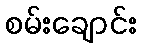
စမ်းချောင်း